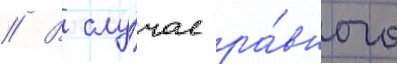
// В слу́чае ра́вного